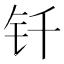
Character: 钎